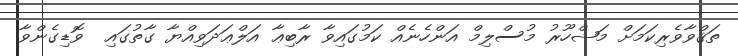
ތަޤްވާވެރިކަމަށް މަޝްހޫރު މުސްލިމް އަންހެނެއް ކަމުގައިވާ ރާބިޢާ އަލްޢަދަވިއްޔާ ގާތުގައި  ވޮޑިގެންވާ